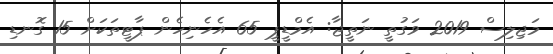
މަޖިލިސް 2019 ވަގުތީ ނަތީޖާ: އެމްޑީޕީ 65 އެހެނިހެން ޕާޓީތަކަށް 15 ގޮނޑި